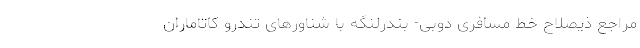
مراجع ذیصلاح خط مسافری دوبی- بندرلنگه با شناورهای تندرو کاتاماران